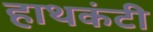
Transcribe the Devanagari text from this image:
हाथकंटी